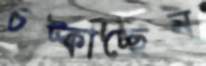
চট্‌কাচ্ছেন